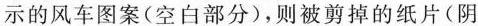
示的风车图案(空白部分)，则被剪掉的纸片(阴